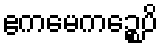
ဧကမေကဉ္စေပိ